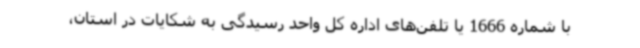
با شماره 1666 یا تلفن‌های اداره کل واحد رسیدگی به شکایات در استان،